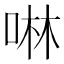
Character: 啉